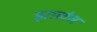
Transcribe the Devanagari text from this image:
झालंच